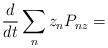
LaTeX: \begin{align*}\frac{d}{dt}\sum_n z_n P_{nz}=\end{align*}